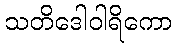
သတိဒေါဝါရိကော